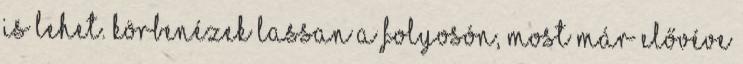
is lehet. Körbenézek lassan a folyosón, most már elővéve